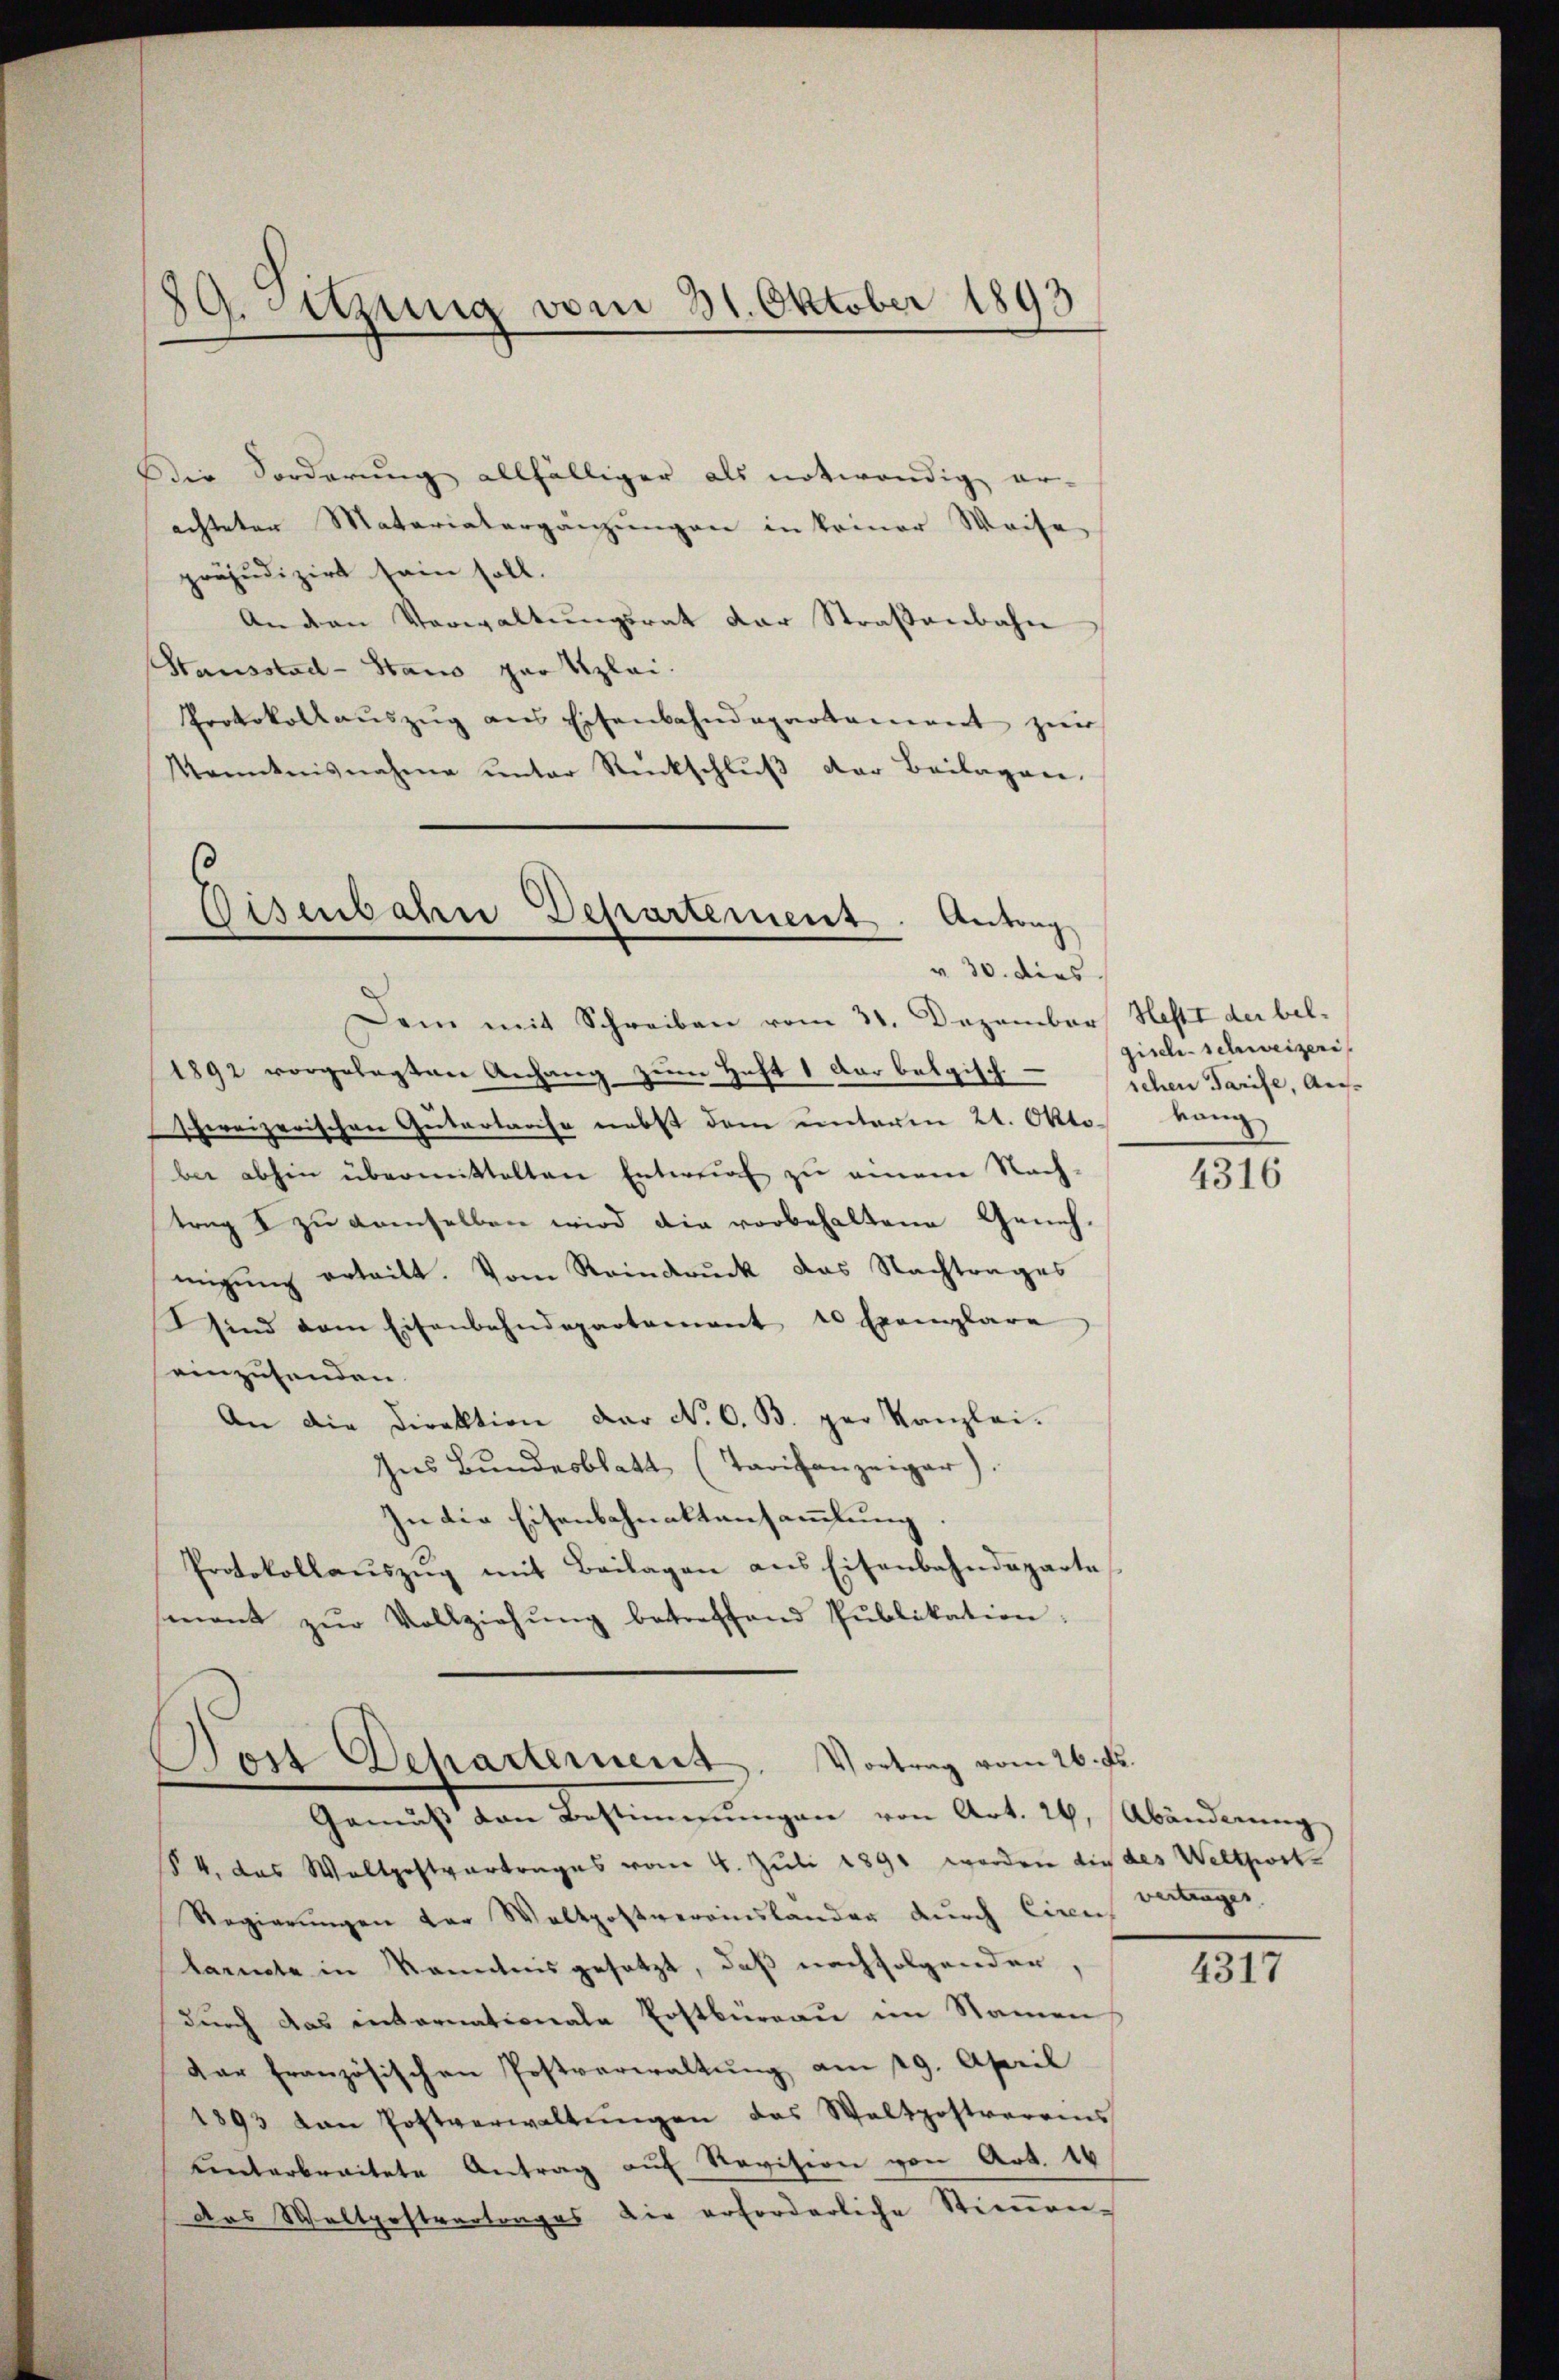
89. Sitzung vom 21. Oktober 1893

Die Forderung allfälliger als notwendig er-
achteten Matariatergänzungen in keiner Weise
präjudizirt sein soll.
An den Verwaltŭngsrat der Straßenbahn
Stausstad - Stans par Klei¬
Protokollauszug aus Eisenbahndepartement zur
Kenntnisnahme ŭnter Rückschlŭβ der Beilagen.

Eisenbahn Departement. Antrag
v 30. dies

Dem mit Schreiben vom 31. Dezember Heftt der bel-
1892 vorgelegten Anhang zum Heft 1 der belgisch
hweizerischen Gütertause nebst dem unterm 21. Oktoben
bei abhin übermittelten Entwurf zu einem Nach-
trag I zu demselben wird die vorbehaltene Geneh-
migung erteilt. Vom Reindruck das Nachtrages
sind dem Eisenbahndepartement 10 Exemplare
einzusenden.
An die Direktion der N. O. B. per Kanzlei.
Ins Bundesblatt (Tarifanzeiger).
In die Eisenbahnaltansammlung.
Protokollaŭszŭg mit Beilagen ans Eisenbahndeparte
mant zŭr Vollziehŭng betreffend Pŭblikation:

Dor Departement. Vortrag vom 26. Fr.

Gemäβ den Bestimmungen von Art. 24. Abänderŭng
§ 4. das Waltpostvertrages vom 4. Juli 1891 werden die des Weltport-
Regierŭngen der Waltpostvereinsländer durch Ciren Vertrages,
larmste in Kenntnis gesetzt, daß nachfolgenden,
durch das internationale Erstbüreau im Namen
dar französischen Postverwaltung am 19. April
1893 von Postverwaltŭngen das Waltpostvereins
Unterbreitete Antrag auf Revision von Art. 16
das Waltpostvertrages die erforderliche Stimmen

gisch-schweizeris
schen Tarife, Aus¬

4316

4317